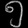
Digit: ၅